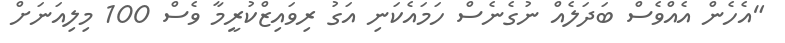
"އެހެން އެއްވެސް ބަދަލެއް ނުގެނެސް ހަމައެކަނި އަގު ރިވައިޒްކުރީމާ ވެސް 100 މިލިއަނަށް